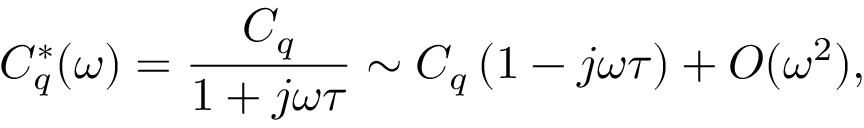
C _ { q } ^ { * } ( \omega ) = \frac { C _ { q } } { 1 + j \omega \tau } \sim C _ { q } \left( 1 - j \omega \tau \right) + O ( \omega ^ { 2 } ) ,